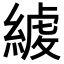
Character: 𦂇